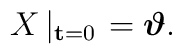
X\left|_{{\bf t}=0}\right.=\mbox{\boldmath$\vartheta$}.